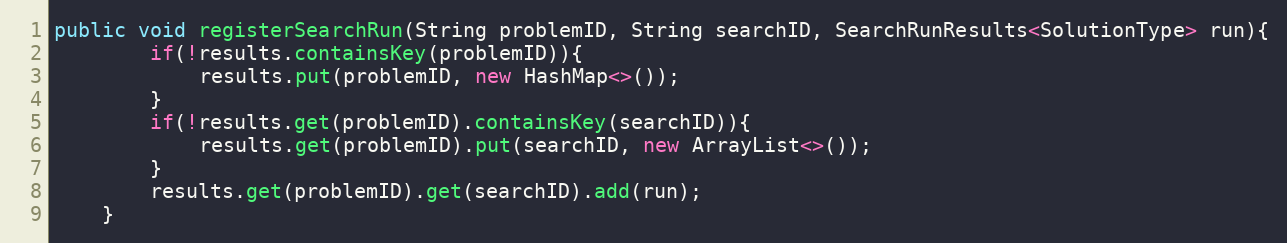
Language: Java
public void registerSearchRun(String problemID, String searchID, SearchRunResults<SolutionType> run){
        if(!results.containsKey(problemID)){
            results.put(problemID, new HashMap<>());
        }
        if(!results.get(problemID).containsKey(searchID)){
            results.get(problemID).put(searchID, new ArrayList<>());
        }
        results.get(problemID).get(searchID).add(run);
    }